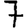
Digit: 7